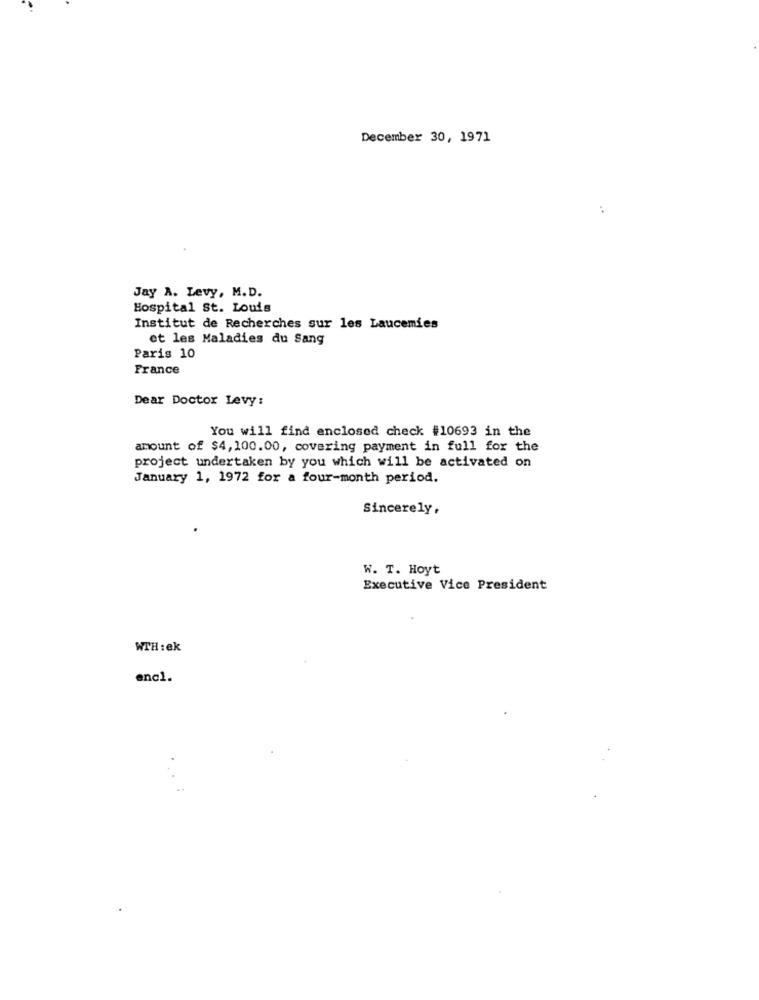
December 30, 1971
:
Jay A. Levy, M.D.
Hospital St. Louis
Institut de Recherches sur les Laucemies
et les Maladies du Sang
Paris 10
France
Dear Doctor Levy:
You will find enclosed check #10693 in the
amount of $4,100.00, covering payment in full for the
project undertaken by you which will be activated on
January 1, 1972 for a four-month period.
Sincerely,
W. T. Hoyt
Executive Vice President
WTH : ek
encl.